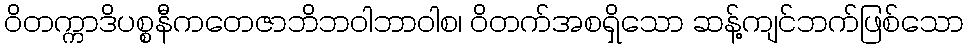
ဝိတက္ကာဒိပစ္စနီကတေဇာဘိဘဝါဘာဝါစ၊ ဝိတက်အစရှိသော ဆန့်ကျင်ဘက်ဖြစ်သော